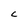
Character: C